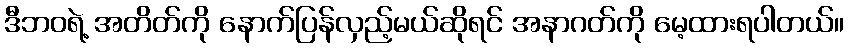
ဒီဘဝရဲ့ အတိတ်ကို နောက်ပြန်လှည့်မယ်ဆိုရင် အနာဂတ်ကို မေ့ထားရပါတယ်။